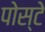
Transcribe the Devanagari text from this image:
पोस्टे